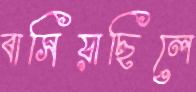
বাসিয়াছিলে